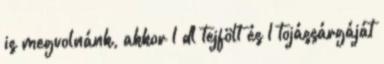
is megvolnánk, akkor 1 dl tejfölt és 1 tojássárgáját